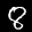
Label: 8